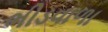
ભીડવાળા